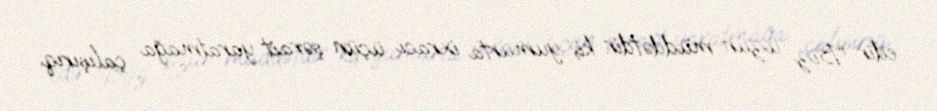
edir: “Biz uzun müddətdir ki, yumurta ixracı üçün şərait yaratmağa çalışırıq.